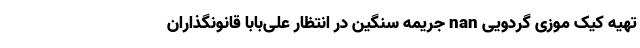
تهیه کیک موزی گردویی nan جریمه سنگین در انتظار علی‌بابا قانونگذاران